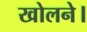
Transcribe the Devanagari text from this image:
खोलने।